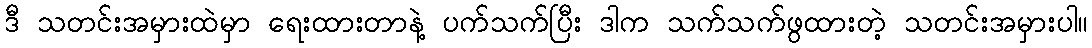
ဒီ သတင်းအမှားထဲမှာ ရေးထားတာနဲ့ ပက်သက်ပြီး ဒါက သက်သက်ဖွထားတဲ့ သတင်းအမှားပါ။